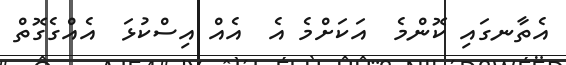
އެތާނގައި ކޮންމެ  އަކަށްމެ އެ  އެއް އިސްކުޅަ  އެއްގެގޮތް